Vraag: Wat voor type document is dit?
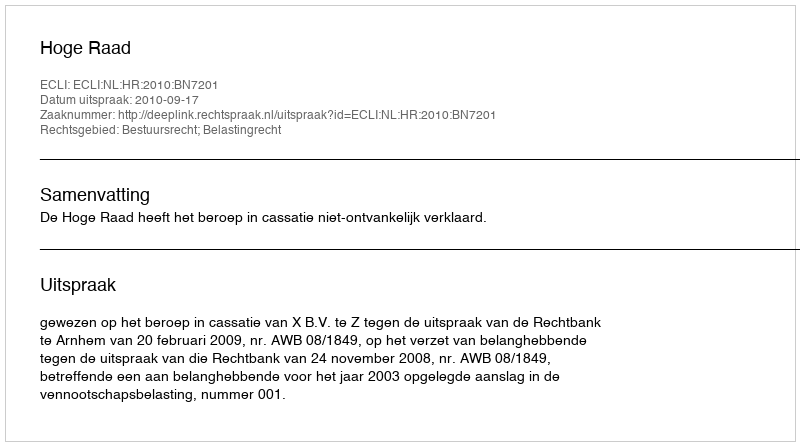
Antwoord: Uitspraak